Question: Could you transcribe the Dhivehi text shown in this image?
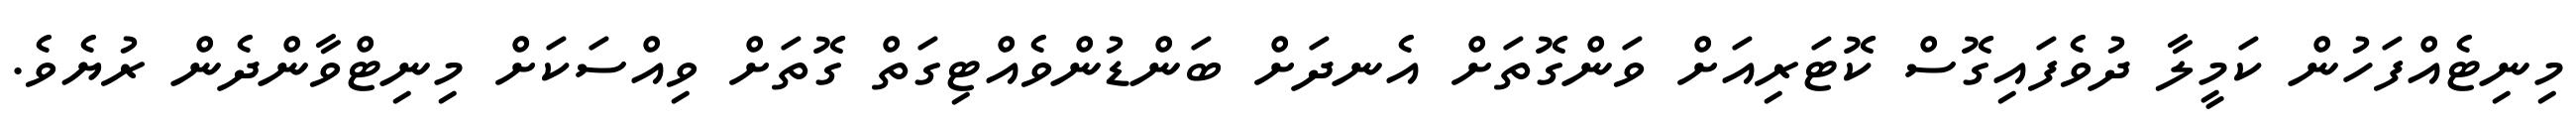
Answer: މިނިޓެއްފަހުން ކަމީލާ ދުވެފައިގޮސް ކޮޓަރިއަށް ވަންގޮތަށް އެނދަށް ބަންޑުންވެއްޓިގަތް ގޮތަށް ވިއްސަކަށް މިނިޓްވާންދެން ރުޔެވެ.